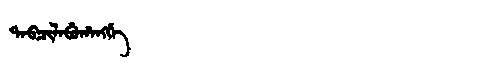
Manchu: ᡨᠠᠪᠴᡳᠯᠠᠪᡠᡥᠠᠩᡤᡝ
Romanization: TABCILABUHANGGE